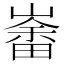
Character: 𱜍